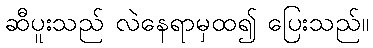
ဆီပူးသည် လဲနေရာမှထ၍ ပြေးသည်။